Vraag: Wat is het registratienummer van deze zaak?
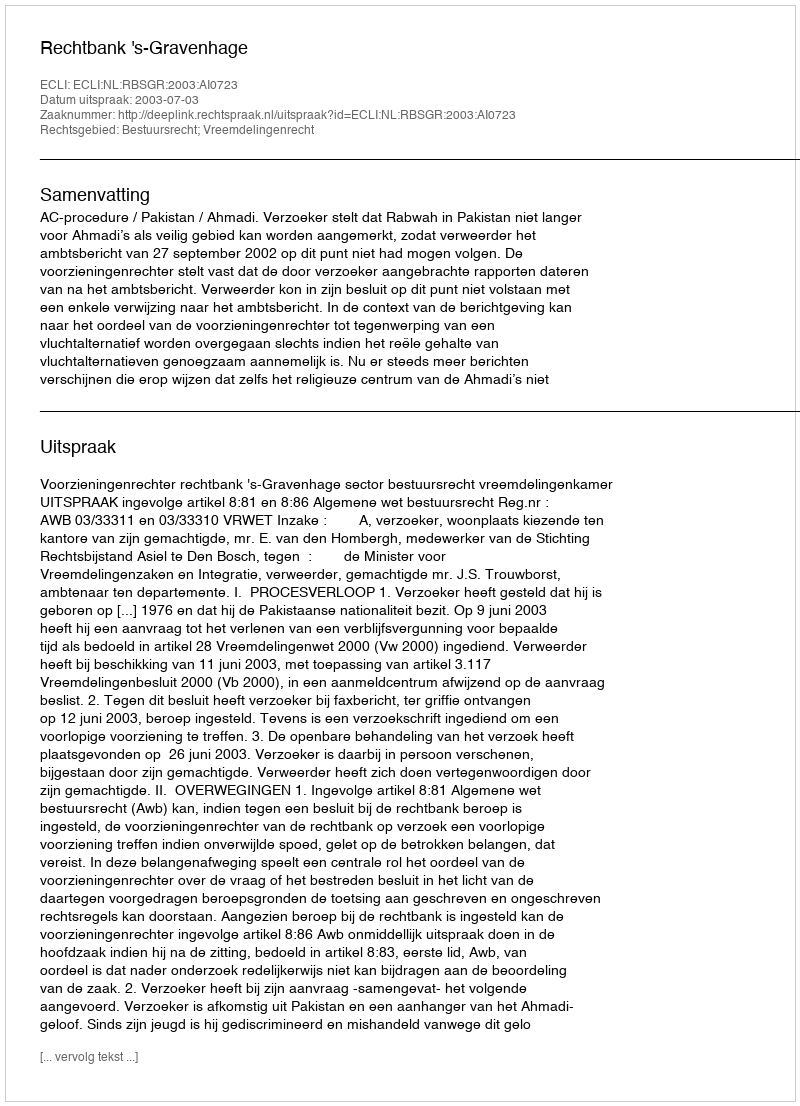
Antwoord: http://deeplink.rechtspraak.nl/uitspraak?id=ECLI:NL:RBSGR:2003:AI0723